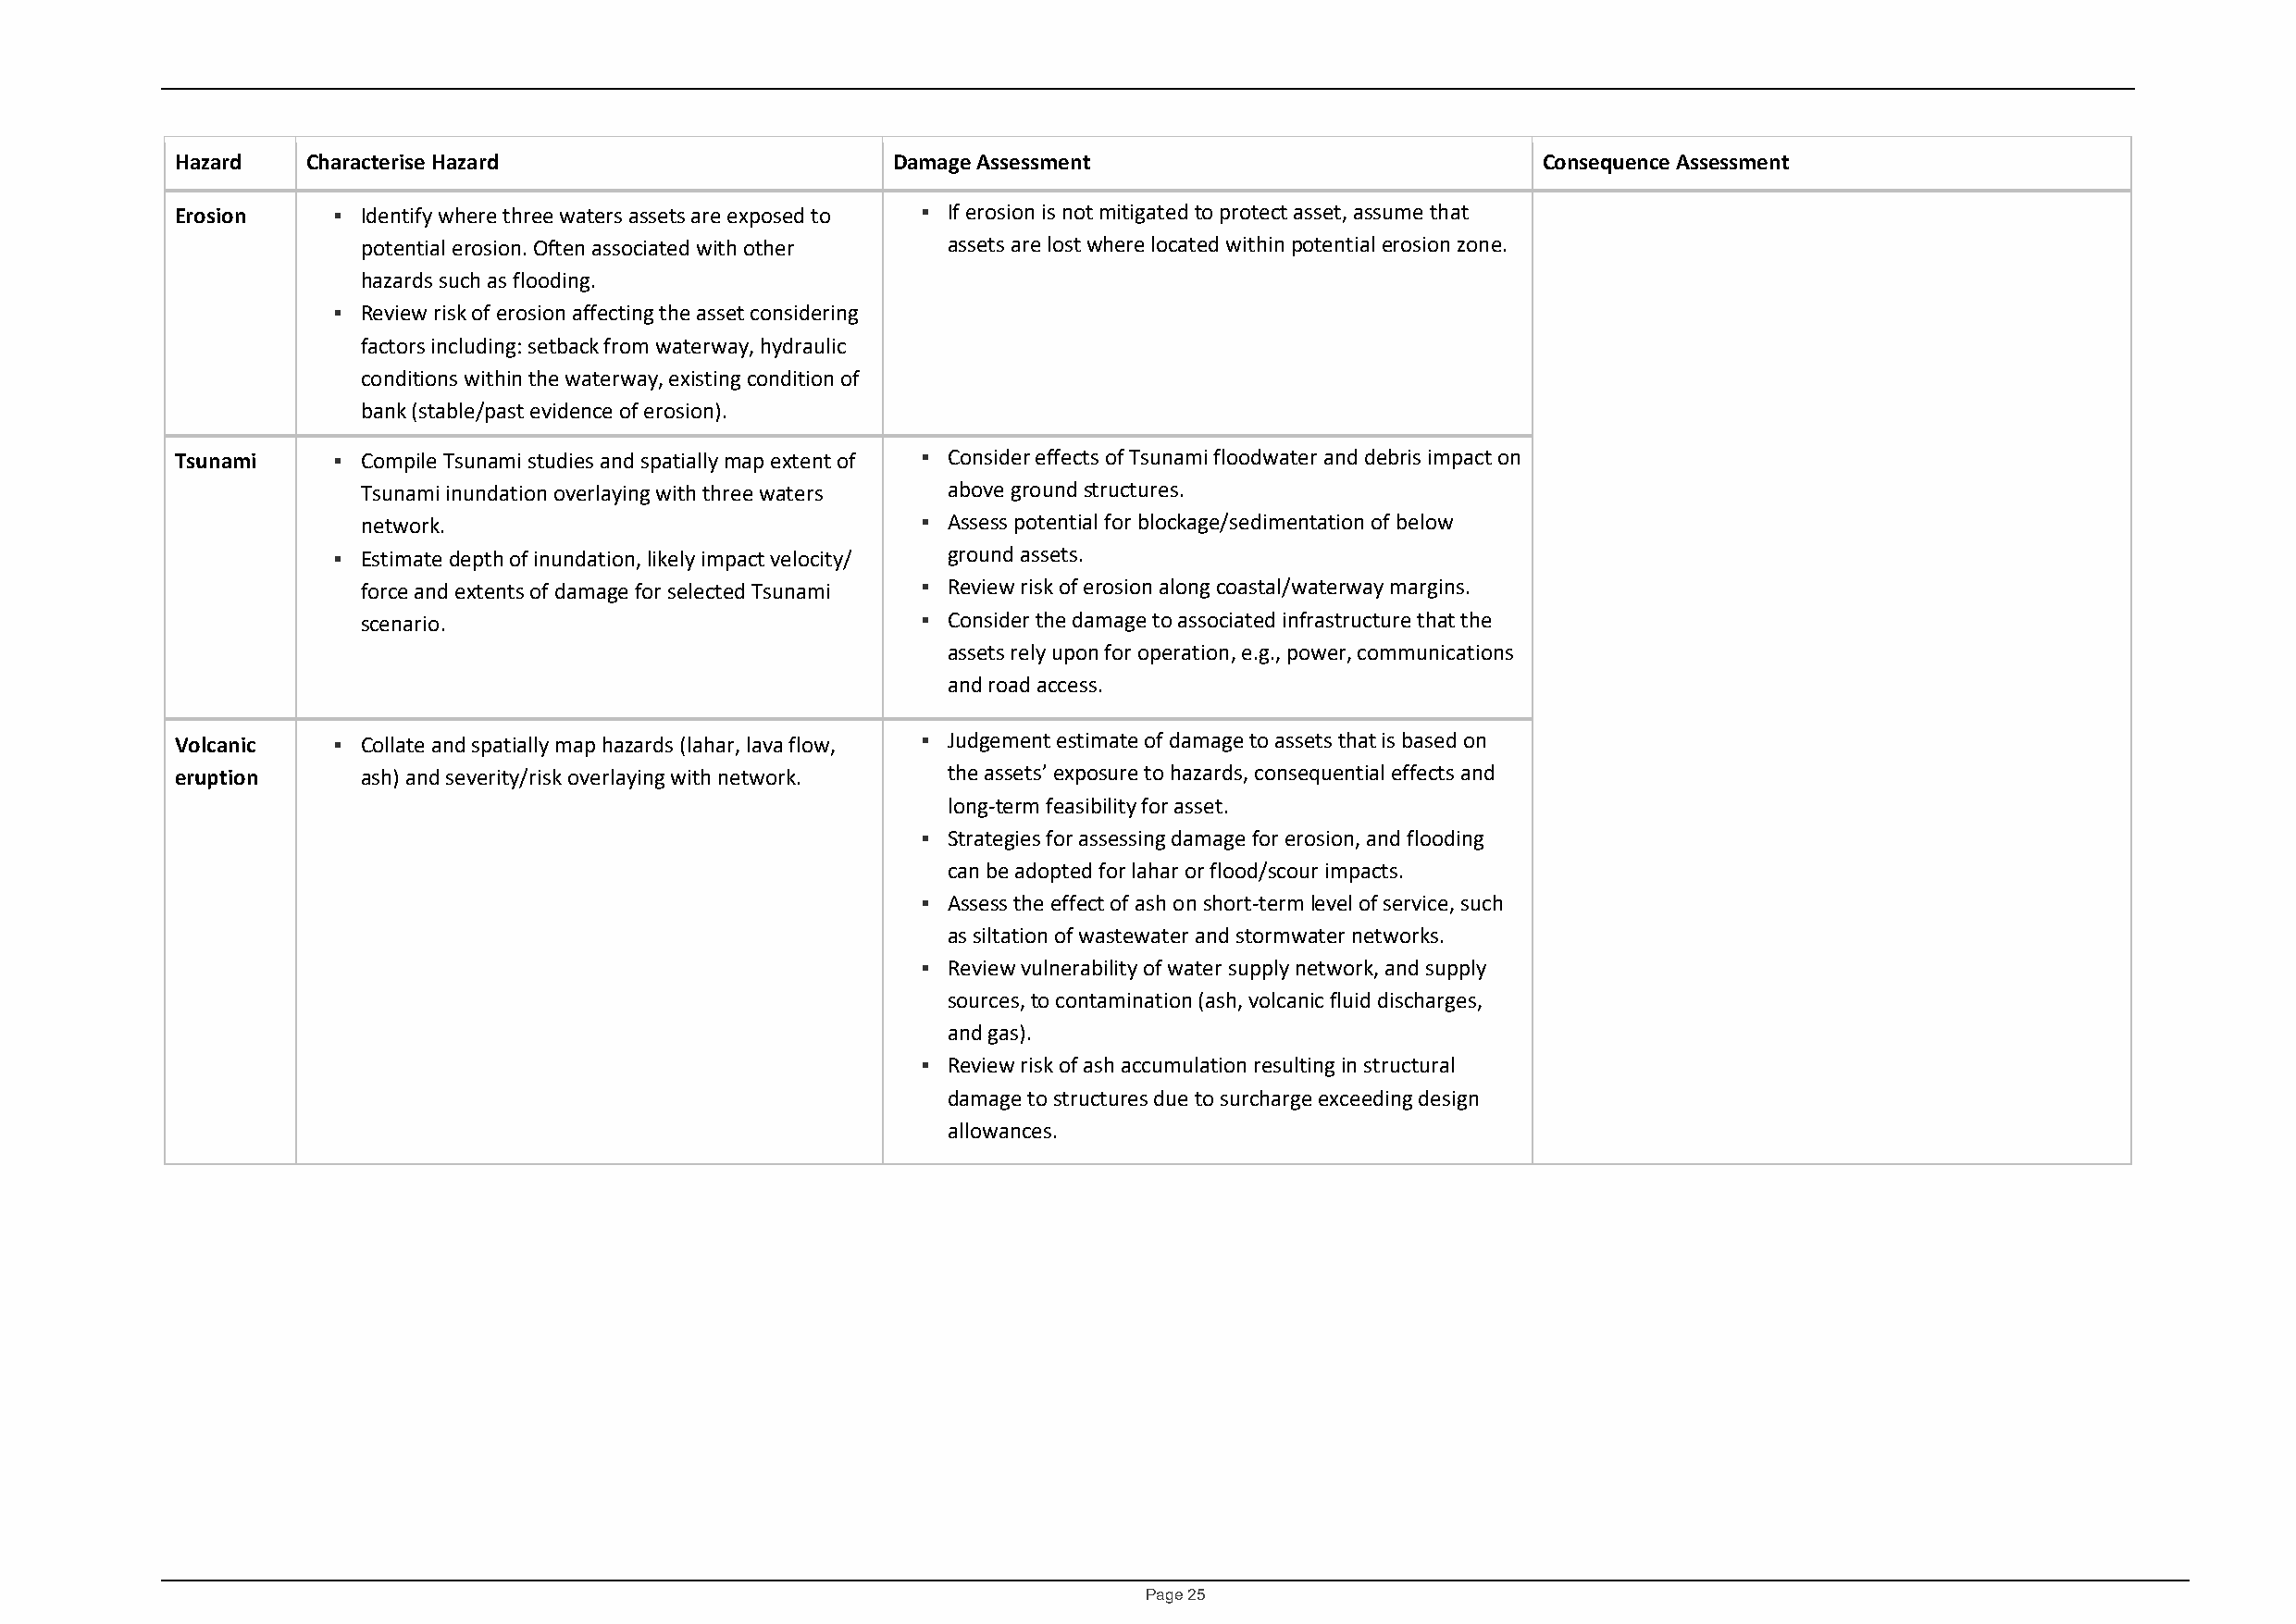
Hazard   Characterise Hazard                       Damage Assessment                             Consequence Assessment
 Erosion     Identify where three waters assets are exposed to  If erosion is not mitigated to protect asset, assume that
 potential erosion. Often associated with other assets are lost where located within potential erosion zone.
 hazards such as flooding.
  Review risk of erosion affecting the asset considering
 factors including: setback from waterway, hydraulic
 conditions within the waterway, existing condition of
 bank (stable/past evidence of erosion).
 Tsunami     Compile Tsunami studies and spatially map extent of  Consider effects of Tsunami floodwater and debris impact on
 Tsunami inundation overlaying with three waters above ground structures.
 network.                                 Assess potential for blockage/sedimentation of below
  Estimate depth of inundation, likely impact velocity/ ground assets.
 force and extents of damage for selected Tsunami  Review risk of erosion along coastal/waterway margins.
 scenario.                                Consider the damage to associated infrastructure that the
 assets rely upon for operation, e.g., power, communications
 and road access.
 Volcanic    Collate and spatially map hazards (lahar, lava flow,  Judgement estimate of damage to assets that is based on
 eruption     ash) and severity/risk overlaying with network. the assets’ exposure to hazards, consequential effects and
 long-term feasibility for asset.
  Strategies for assessing damage for erosion, and flooding
 can be adopted for lahar or flood/scour impacts.
  Assess the effect of ash on short-term level of service, such
 as siltation of wastewater and stormwater networks.
  Review vulnerability of water supply network, and supply
 sources, to contamination (ash, volcanic fluid discharges,
 and gas).
  Review risk of ash accumulation resulting in structural
 damage to structures due to surcharge exceeding design
 allowances.
 Page 25